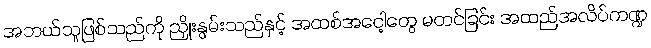
အဘယ်သူဖြစ်သည်ကို ညှိုးနွမ်းသည်နှင့် အထစ်အငေါ့တွေ မတင်ခြင်း အထည်အလိပ်ကဏ္ဍ